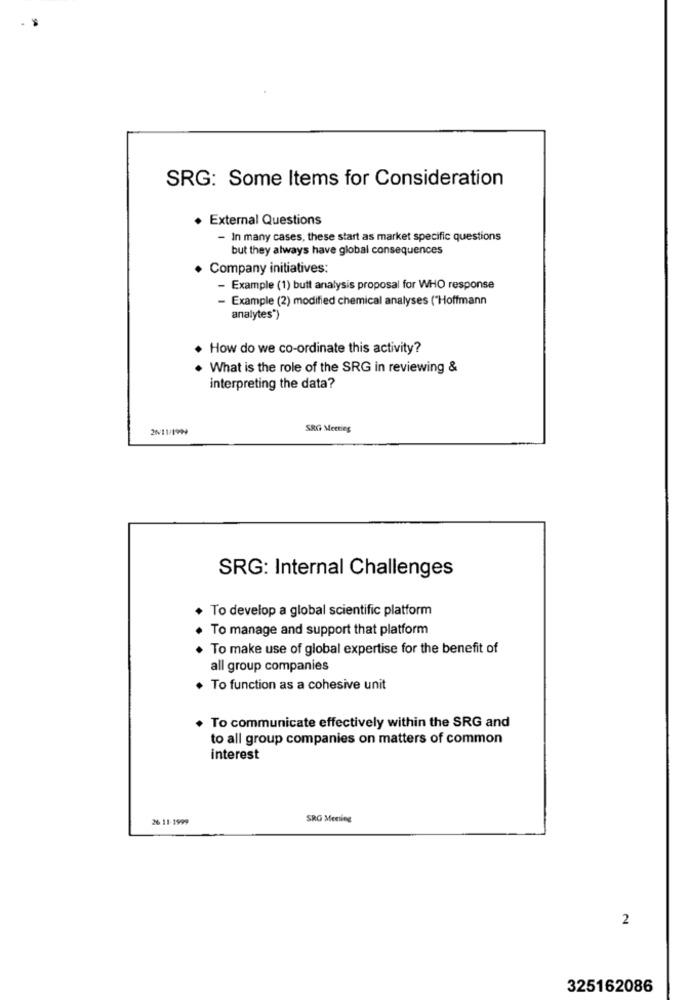
SRG: Some Items for Consideration
. External Questions
- In many cases, these start as market specific questions
but they always have global consequences
Company initiatives:
- Example (1) butt analysis proposal for WHO response
- Example (2) modified chemical analyses ("Hoffmann
analytes*)
. How do we co-ordinate this activity?
What is the role of the SRG in reviewing &
interpreting the data?
26/11/1999
SRG Meeting
SRG: Internal Challenges
To develop a global scientific platform
To manage and support that platform
To make use of global expertise for the benefit of
all group companies
· To function as a cohesive unit
. To communicate effectively within the SRG and
to all group companies on matters of common
interest
26 11-1999
SRO Meeting
2
325162086